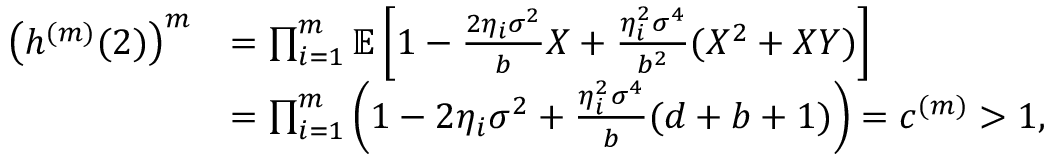
\begin{array} { r l } { \left( h ^ { ( m ) } ( 2 ) \right) ^ { m } } & { = \prod _ { i = 1 } ^ { m } \mathbb { E } \left[ 1 - \frac { 2 \eta _ { i } \sigma ^ { 2 } } { b } X + \frac { \eta _ { i } ^ { 2 } \sigma ^ { 4 } } { b ^ { 2 } } ( X ^ { 2 } + X Y ) \right] } \\ & { = \prod _ { i = 1 } ^ { m } \left( 1 - 2 \eta _ { i } \sigma ^ { 2 } + \frac { \eta _ { i } ^ { 2 } \sigma ^ { 4 } } { b } ( d + b + 1 ) \right) = c ^ { ( m ) } > 1 , } \end{array}